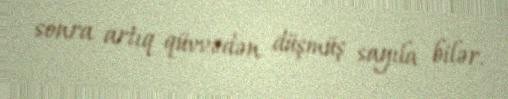
sonra artıq qüvvədən düşmüş sayıla bilər.